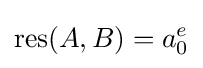
\operatorname {res} (A,B)=a_{0}^{e}